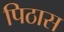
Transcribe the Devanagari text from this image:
पिठास